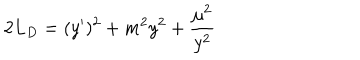
LaTeX: 2 L _ { D } = ( y ^ { \prime } ) ^ { 2 } + m ^ { 2 } y ^ { 2 } + { \frac { \mu ^ { 2 } } { y ^ { 2 } } } \qquad